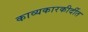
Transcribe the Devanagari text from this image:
काव्यकारकीर्दीत